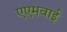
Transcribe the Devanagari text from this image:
एएमवाई